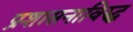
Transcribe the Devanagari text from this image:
प्रशासनाविरुद्ध